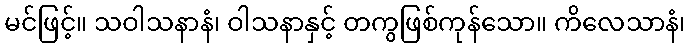
မင်ဖြင့်။ သဝါသနာနံ၊ ဝါသနာနှင့် တကွဖြစ်ကုန်သော။ ကိလေသာနံ၊